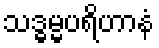
သဒ္ဓမ္မပရိဟာနံ